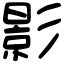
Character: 影